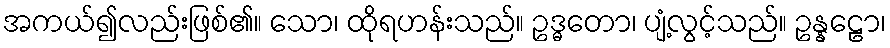
အကယ်၍လည်းဖြစ်၏။ သော၊ ထိုရဟန်းသည်။ ဥဒ္ဓတော၊ ပျံ့လွင့်သည်။ ဥန္နဠော၊